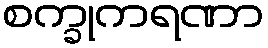
စက္ခုကရဏာ